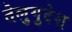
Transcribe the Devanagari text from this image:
तेलुगुदेश